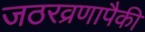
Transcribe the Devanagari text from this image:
जठरव्रणापैकी